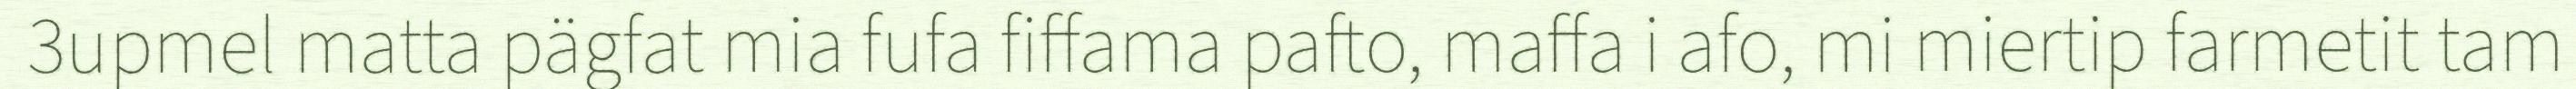
3upmel matta pägfat mia fufa fiffama pafto, maffa i afo, mi miertip farmetit tam